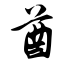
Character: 酋